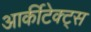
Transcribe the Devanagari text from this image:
आर्कीटेक्ट्स